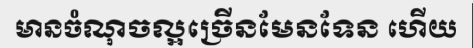
មានចំណុចល្អច្រើនមែនទែន ហើយ